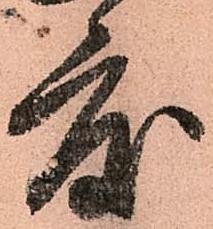
度